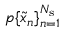
p \{ \tilde { x } _ { n } \} _ { n = 1 } ^ { N _ { \mathrm { s } } }